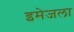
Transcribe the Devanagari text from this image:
इमेजला